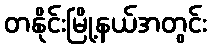
တနိုင်းမြို့နယ်အတွင်း